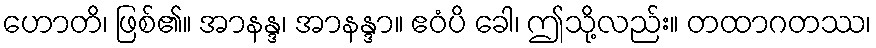
ဟောတိ၊ ဖြစ်၏။ အာနန္ဒ၊ အာနန္ဒာ။ ဧဝံပိ ခေါ၊ ဤသို့လည်း။ တထာဂတဿ၊